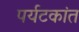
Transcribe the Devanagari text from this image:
पर्यटकांत